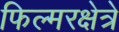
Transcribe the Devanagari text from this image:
फिल्मरक्षेत्रे